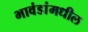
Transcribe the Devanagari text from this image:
भावंडांमधील